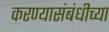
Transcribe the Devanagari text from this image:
करण्यासंबंधीच्या